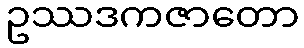
ဥဿဒကဇာတော